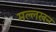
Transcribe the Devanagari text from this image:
मल्लखन